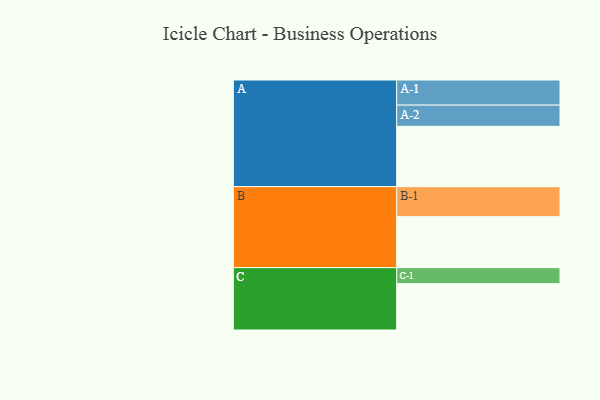
{"axis": {"x": "Segment", "y": "Value"}, "legend": ["", "A", "B", "C"], "data": [{"x": "A", "y": 557, "type": ""}, {"x": "B", "y": 471, "type": ""}, {"x": "C", "y": 428, "type": ""}, {"x": "A-1", "y": 232, "type": "A"}, {"x": "A-2", "y": 196, "type": "A"}, {"x": "B-1", "y": 277, "type": "B"}, {"x": "C-1", "y": 148, "type": "C"}]}